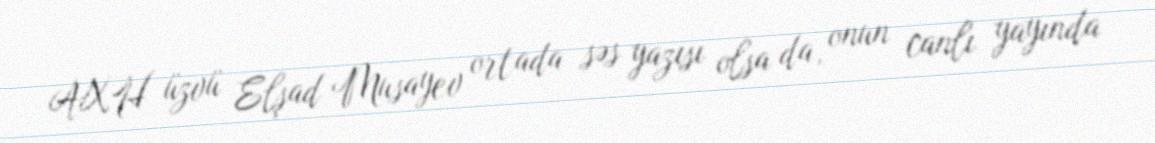
AXH üzvü Elşad Musayev ortada səs yazısı olsa da, onun canlı yayında